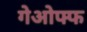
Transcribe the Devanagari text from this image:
गेओफ्फ